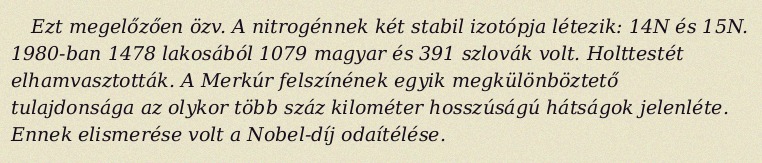
Ezt megelőzően özv. A nitrogénnek két stabil izotópja létezik: 14N és 15N. 1980-ban 1478 lakosából 1079 magyar és 391 szlovák volt. Holttestét elhamvasztották. A Merkúr felszínének egyik megkülönböztető tulajdonsága az olykor több száz kilométer hosszúságú hátságok jelenléte. Ennek elismerése volt a Nobel-díj odaítélése.